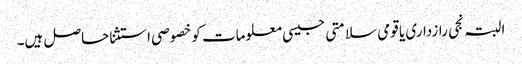
البتہ نجی رازداری یا قومی سلامتی جیسی معلومات کو خصوصی استثنا حاصل ہیں۔